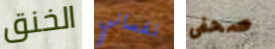
الخنق نفساني صحفى